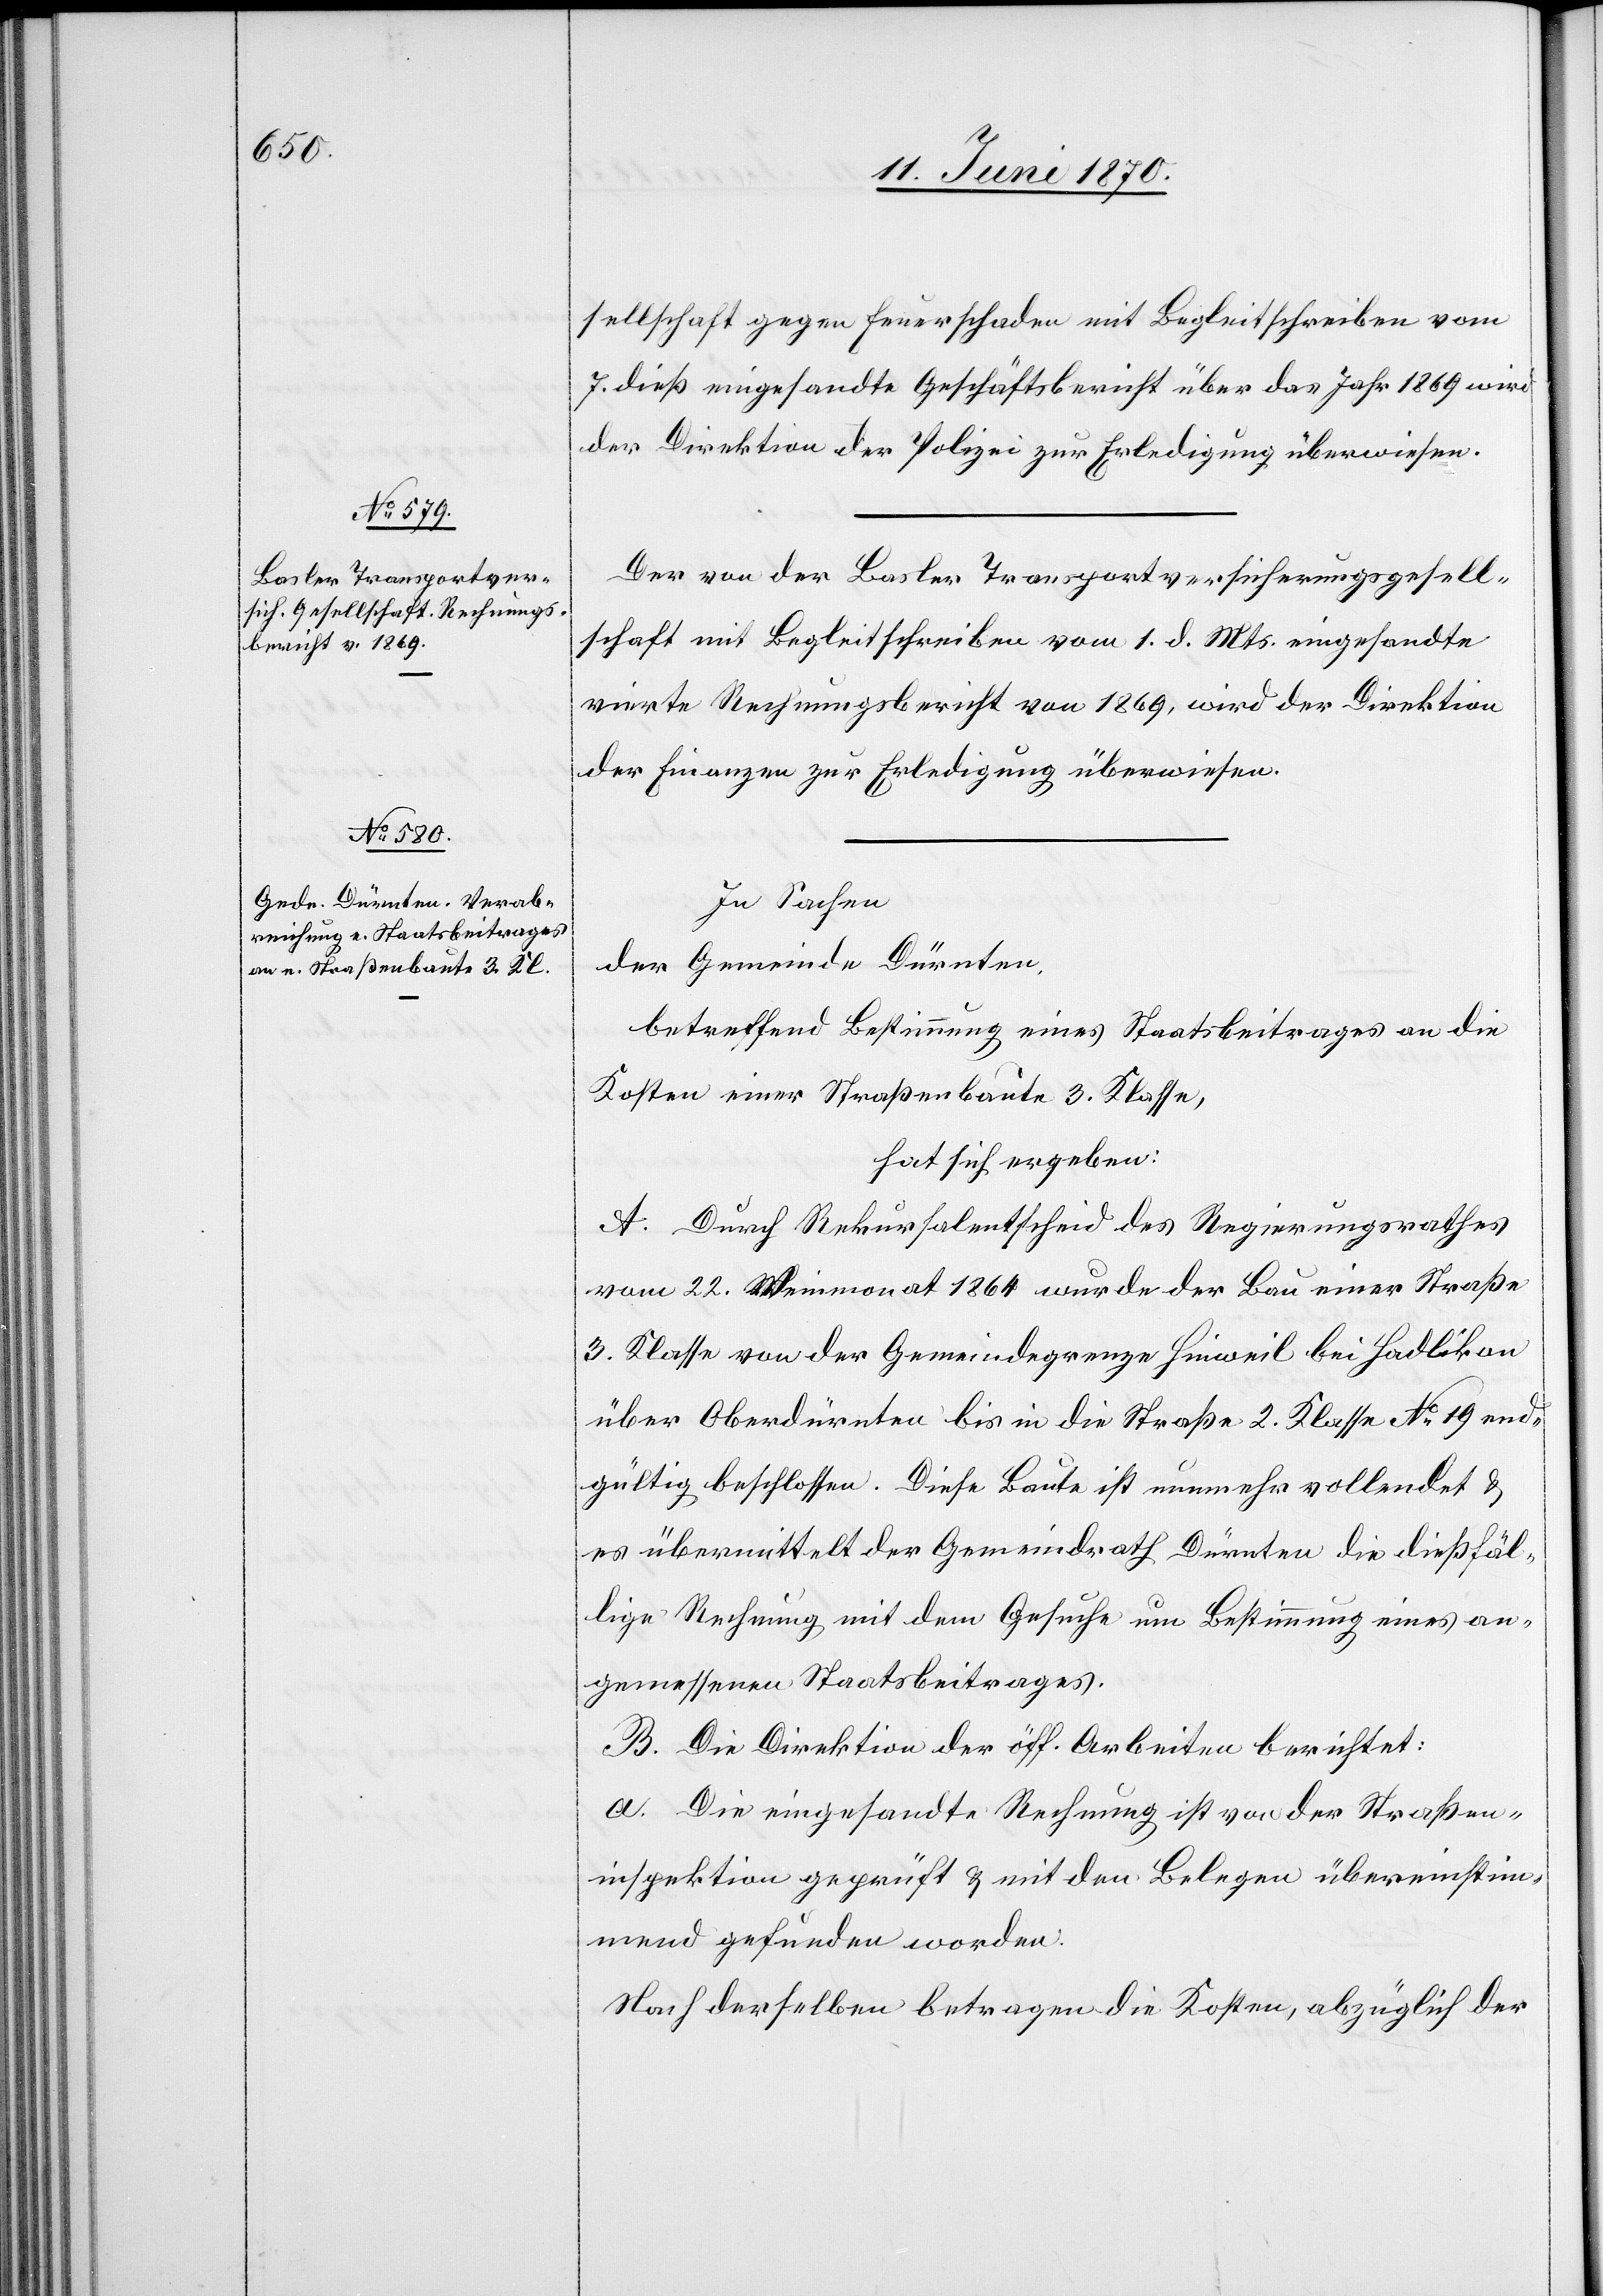
sellschaft gegen Feuerschaden mit Begleitschreiben vom
7. dieß eingesandte Geschäftsbericht über das Jahr 1869 wird
der Direktion der Polizei zur Erledigung überwiesen.
Der von der Basler Transportversicherungsgesell¬
schaft mit Begleitschreiben vom 1. d. Mts. eingesandte
vierte Rechnungsbericht von 1869, wird der Direktion
der Finanzen zur Erledigung überwiesen.
In Sachen
der Gemeinde Dürnten,
betreffend Bestimmung eines Staatsbeitrages an die
Kosten einer Straßenbaute 3. Klasse,
hat sich ergeben:
A. Durch Rekursalentscheid des Regierungsrathes
vom 22. Weinmonat 1864 wurde der Bau einer Straße
3. Klasse von der Gemeindegrenze Hinweil bei Hadlikon
über Oberdürnten bis in die Straße 2. Klasse No 19 end¬
gültig beschlossen. Diese Baute ist nunmehr vollendet &
es übermittelt der Gemeindrath Dürnten die dießfäl¬
lige Rechnung mit dem Gesuche um Bestimmung eines an¬
gemessenen Staatsbeitrages.
B. Die Direktion der öff. Arbeiten berichtet:
a. Die eingesandte Rechnung ist von der Straßen¬
inspektion geprüft & mit den Belegen übereinstim¬
mend gefunden worden.
Nach derselben betragen die Kosten, abzüglich der